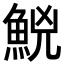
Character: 𩷇